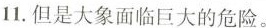
11.但是大象面临巨大的危险。